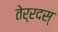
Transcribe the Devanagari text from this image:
तेर्रदस्